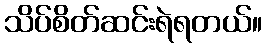
သိပ်စိတ်ဆင်းရဲရတယ်။